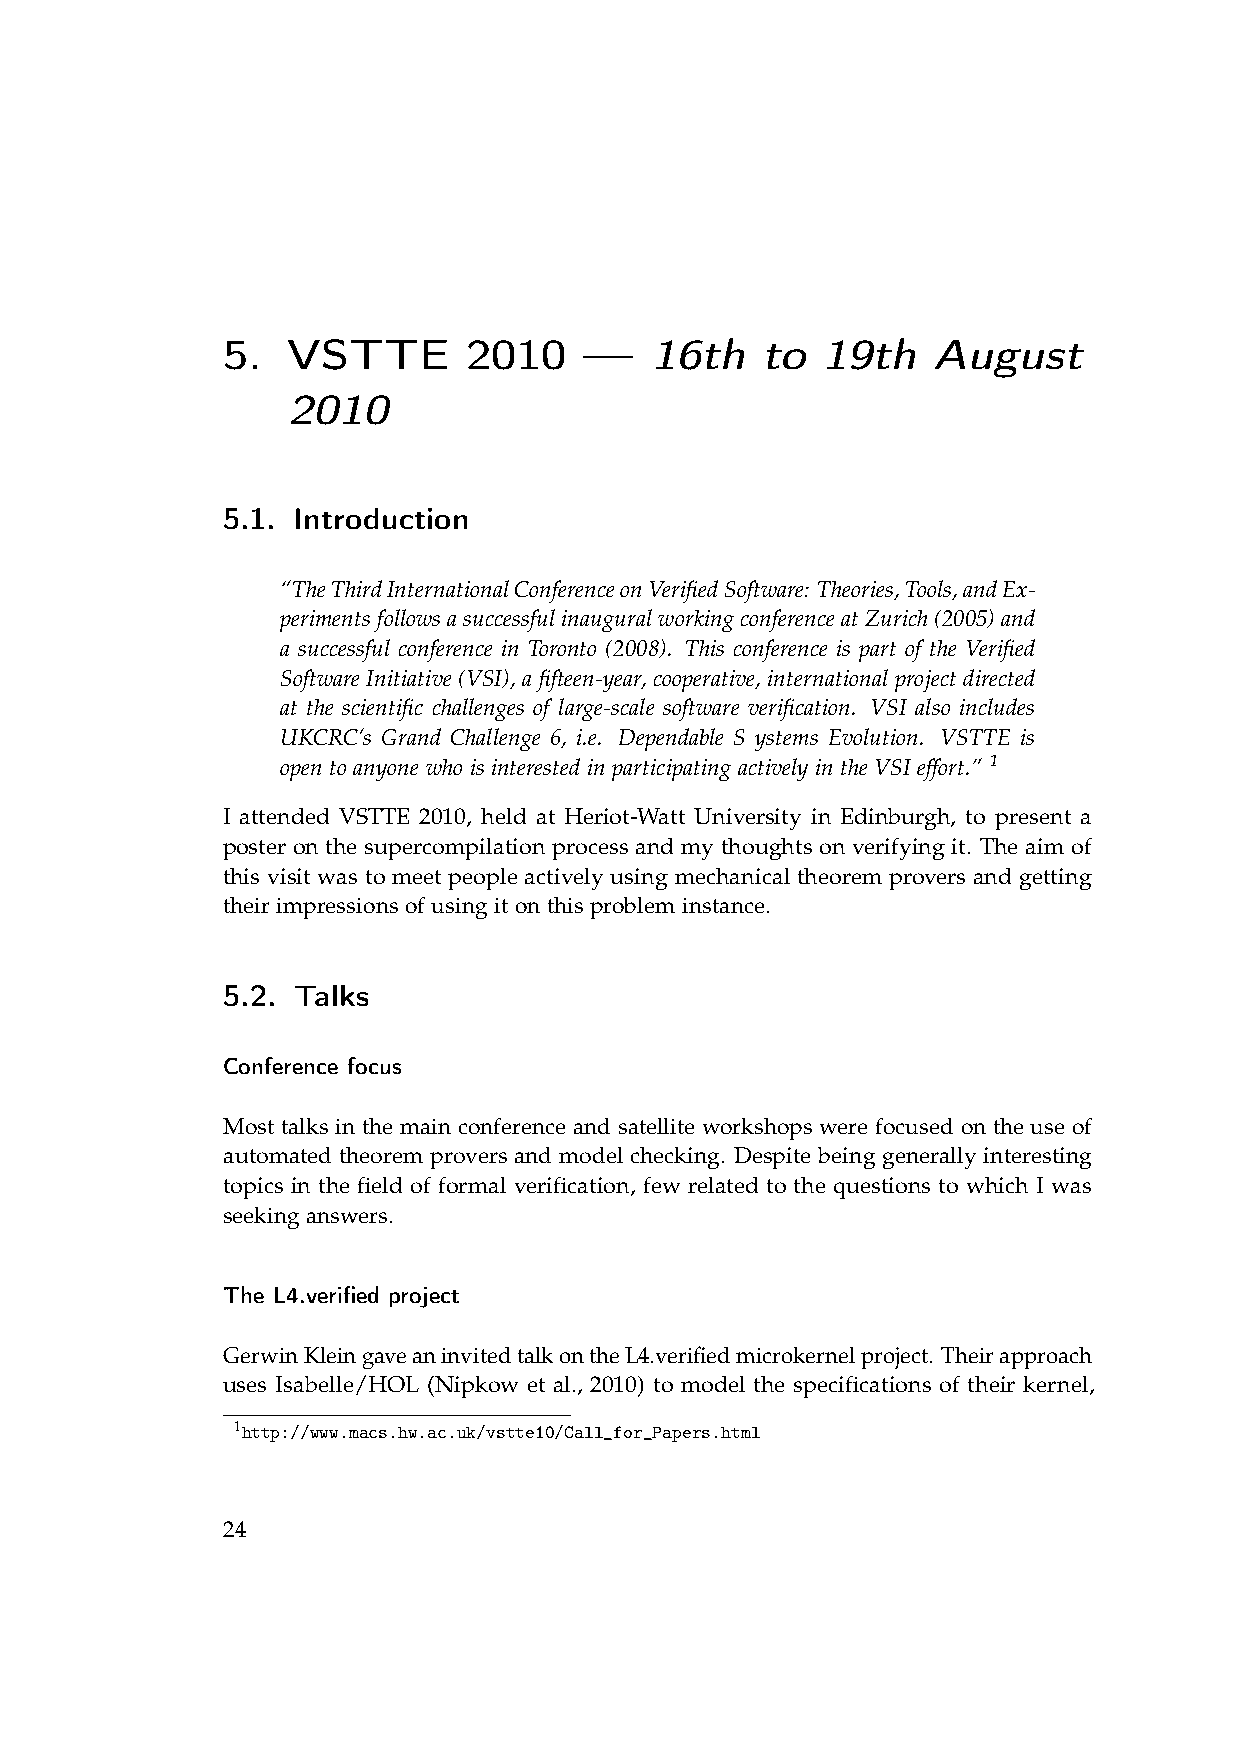
5.  VSTTE       2010    —   16th   to  19th    August
 2010
 5.1. Introduction
 “TheThirdInternationalConferenceonVerifiedSoftware: Theories,Tools,andEx-
 perimentsfollowsasuccessfulinauguralworkingconferenceatZurich(2005)and
 a successful conference in Toronto (2008). This conference is part of the Verified
 Software Initiative (VSI), a fifteen-year, cooperative, international project directed
 at the scientific challenges of large-scale software verification. VSI also includes
 UKCRC’s Grand Challenge 6, i.e. Dependable S ystems Evolution. VSTTE is
 open to anyone who is interested in participating actively in the VSI effort.” 1
 I attended VSTTE 2010, held at Heriot-Watt University in Edinburgh, to present a
 poster on the supercompilation process and my thoughts on verifying it. The aim of
 this visit was to meet people actively using mechanical theorem provers and getting
 their impressions of using it on this problem instance.
 5.2. Talks
 Conference focus
 Most talks in the main conference and satellite workshops were focused on the use of
 automated theorem provers and model checking. Despite being generally interesting
 topics in the field of formal verification, few related to the questions to which I was
 seeking answers.
 The L4.verified project
 GerwinKleingaveaninvitedtalkontheL4.verifiedmicrokernelproject. Theirapproach
 uses Isabelle/HOL (Nipkow et al., 2010) to model the specifications of their kernel,
 1http://www.macs.hw.ac.uk/vstte10/Call_for_Papers.html
 24